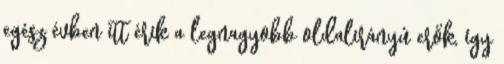
egész évben itt érik a legnagyobb oldalirányú erők, így